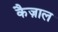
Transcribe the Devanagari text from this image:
कैज़ाल